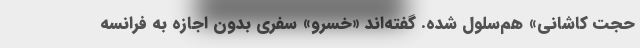
حجت کاشانی» هم‌سلول شده. گفته‌اند «خسرو» سفری بدون اجازه به فرانسه